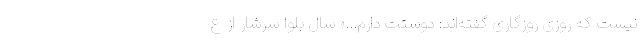
نیست که روزی روزگاری گفته‌اند: دوستت دارم...» سال بلوا سرشار از ع